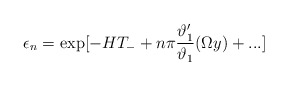
\begin{align*}\epsilon_n=\exp[-HT_-+n\pi\frac{\vartheta'_1}{\vartheta_1}(\Omega y)+...]\end{align*}